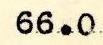
66.0